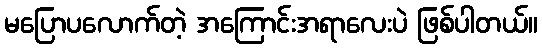
မပြောပလောက်တဲ့ အကြောင်းအရာလေးပဲ ဖြစ်ပါတယ်။